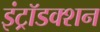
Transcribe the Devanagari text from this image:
इंट्रॉडक्शन